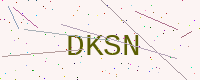
Text: DKSN